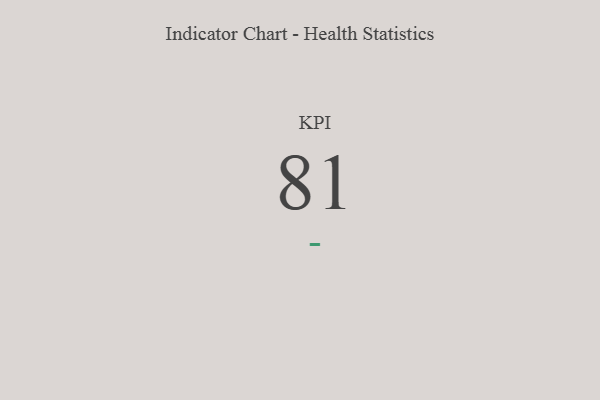
{"axis": {"x": "KPI", "y": "Value"}, "legend": [""], "data": [{"x": "KPI", "y": 81, "type": ""}]}